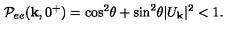
{ \cal P } _ { e e } ( { \bf k } , 0 ^ { + } ) = \cos ^ { 2 } \! \theta + \sin ^ { 2 } \! \theta | U _ { \bf k } | ^ { 2 } < 1 .